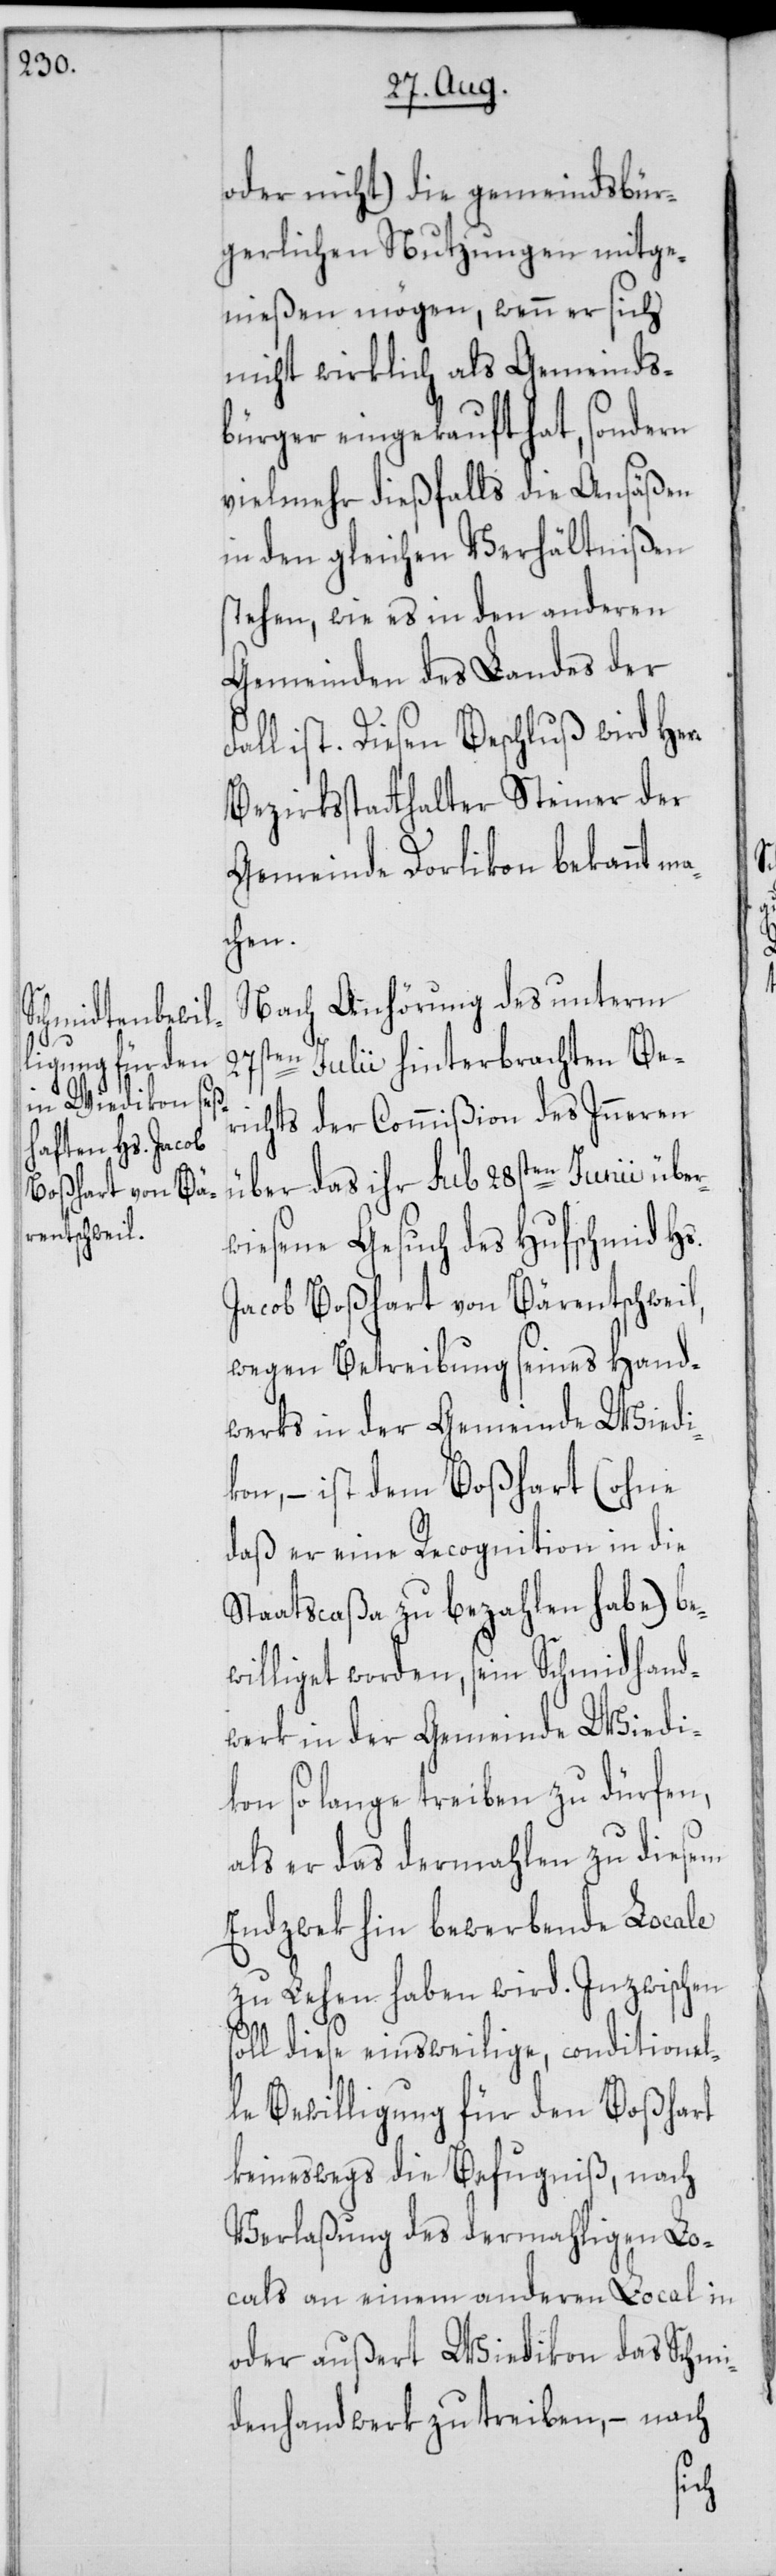
oder nicht) die gemeindsbür¬
gerlichen Nutzungen mitge¬
nießen mögen, wenn er sich
nicht wirklich als Gemeinds¬
bürger eingekauft hat, sondern
vielmehr dießfalls die Ansäßen
in den gleichen Verhältnißen
stehen, wie es in den anderen
Gemeinden des Landes der
Diesen Beschluß wird Herr
Bezirksstatthalter Steiner der
Gemeinde Dorlikon bekannt m¬
chen.
Nach Anhörung des unterm
27sten Julii hinterbrachten Be¬
richts der Commißion des Inneren
über das ihr sub 28sten Junii über¬
wiesene Gesuch des Hufschmids Hs.
Jacob Boßhart von Bärentschweil,
wegen Betreibung seines Hand¬
werks in der Gemeinde Wiedi¬
kon, – ist dem Boßhart (ohne
daß er eine Recognition in die
Staatscaßa zu bezahlen habe) be¬
williget worden, sein Schmidhand¬
werk in der Gemeinde Wiedi¬
kon so lange treiben zu dürfen,
als er das dermahlen zu diesem
Endzeck hin bewerbende Locale
zu Lehen haben wird. Inzwischen
ll diese einsweilige, conditionel¬
le Bewilligung für den Boßhart
keineswegs die Befugniß, nach
Verlaßung des dermahligen Lo¬
cals an einem anderen Local in
oder außert Wiedikon das Schmi¬
denhandwerk zu treiben, – nach
so¬